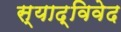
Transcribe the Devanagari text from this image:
स्याद्विवेद